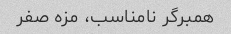
همبرگر نامناسب، مزه صفر